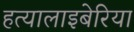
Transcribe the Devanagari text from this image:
हत्यालाइबेरिया